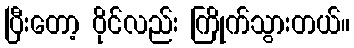
ပြီးတော့ ဝိုင်လည်း ကြိုက်သွားတယ်။